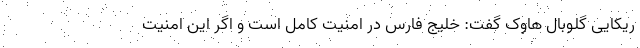
ریکایی گلوبال هاوک گفت: خلیج فارس در امنیت کامل است و اگر این امنیت